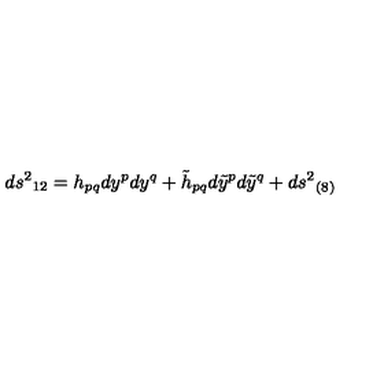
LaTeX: d s ^ { 2 } { } _ { 1 2 } = h _ { p q } d y ^ { p } d y ^ { q } + \tilde { h } _ { p q } d \tilde { y } ^ { p } d \tilde { y } ^ { q } + d s ^ { 2 } { } _ { ( 8 ) }